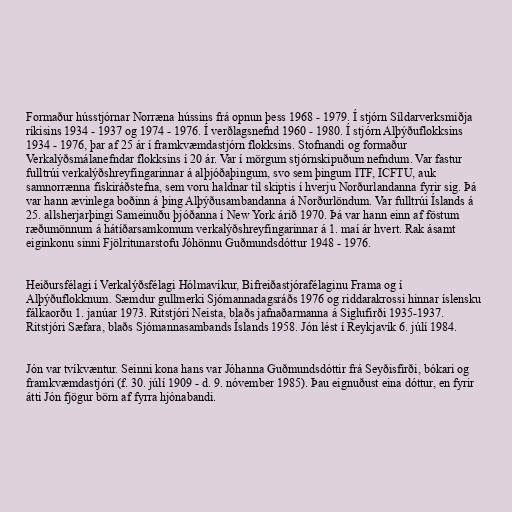
Formaður hússtjórnar Norræna hússins frá opnun þess 1968 - 1979. Í stjórn Síldarverksmiðja
ríkisins 1934 - 1937 og 1974 - 1976. Í verðlagsnefnd 1960 - 1980. Í stjórn Alþýðuflokksins
1934 - 1976, þar af 25 ár í framkvæmdastjórn flokksins. Stofnandi og formaður
Verkalýðsmálanefndar flokksins í 20 ár. Var í mörgum stjórnskipuðum nefndum. Var fastur
fulltrúi verkalýðshreyfingarinnar á alþjóðaþingum, svo sem þingum ITF, ICFTU, auk
samnorrænna fiskiráðstefna, sem voru haldnar til skiptis í hverju Norðurlandanna fyrir sig. Þá
var hann ævinlega boðinn á þing Alþýðusambandanna á Norðurlöndum. Var fulltrúi Íslands á
25. allsherjarþingi Sameinuðu þjóðanna í New York árið 1970. Þá var hann einn af föstum
ræðumönnum á hátíðarsamkomum verkalýðshreyfingarinnar á 1. maí ár hvert. Rak ásamt
eiginkonu sinni Fjölritunarstofu Jóhönnu Guðmundsdóttur 1948 - 1976.

Heiðursfélagi í Verkalýðsfélagi Hólmavíkur, Bifreiðastjórafélaginu Frama og í
Alþýðuflokknum. Sæmdur gullmerki Sjómannadagsráðs 1976 og riddarakrossi hinnar íslensku
fálkaorðu 1. janúar 1973. Ritstjóri Neista, blaðs jafnaðarmanna á Siglufirði 1935-1937.
Ritstjóri Sæfara, blaðs Sjómannasambands Íslands 1958. Jón lést í Reykjavík 6. júlí 1984.

Jón var tvíkvæntur. Seinni kona hans var Jóhanna Guðmundsdóttir frá Seyðisfirði, bókari og
framkvæmdastjóri (f. 30. júlí 1909 - d. 9. nóvember 1985). Þau eignuðust eina dóttur, en fyrir
átti Jón fjögur börn af fyrra hjónabandi.